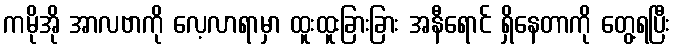
ကမိုအို အာလဗာကို လေ့လာရာမှာ ထူးထူးခြားခြား အနီရောင် ရှိနေတာကို တွေ့ရပြီး